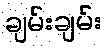
ချမ်းချမ်း